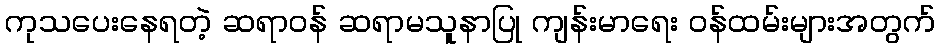
ကုသပေးနေရတဲ့ ဆရာဝန် ဆရာမသူနာပြု ကျန်းမာရေး ဝန်ထမ်းများအတွက်